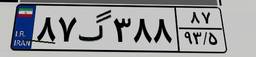
۸۷گ۳۸۸۸۷